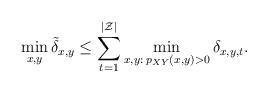
LaTeX: \begin{align*}\min_{x,y}\tilde{\delta}_{x,y}\leq \sum_{t=1}^{|\mathcal{Z}|}\min_{x,y:\: p_{XY}(x,y)>0}\delta_{x,y,t}.\end{align*}